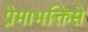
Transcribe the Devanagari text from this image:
प्रेमाभक्तिसे